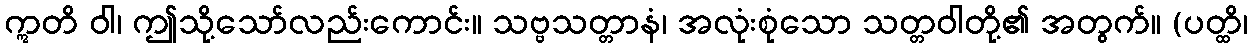
ဣတိ ဝါ၊ ဤသို့သော်လည်းကောင်း။ သဗ္ဗသတ္တာနံ၊ အလုံးစုံသော သတ္တဝါတို့၏ အတွက်။ (ပတ္ထိ၊